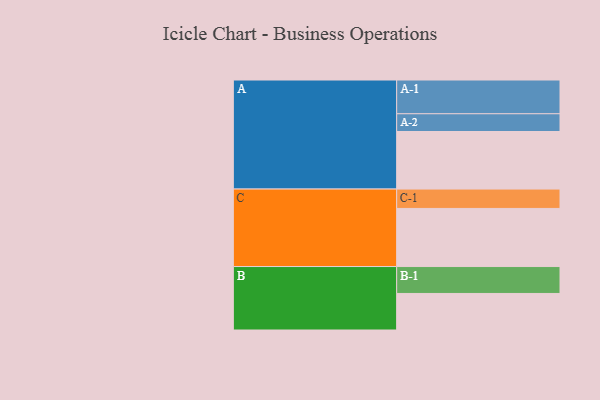
{"axis": {"x": "Segment", "y": "Value"}, "legend": ["", "A", "B", "C"], "data": [{"x": "A", "y": 496, "type": ""}, {"x": "B", "y": 315, "type": ""}, {"x": "C", "y": 501, "type": ""}, {"x": "A-1", "y": 291, "type": "A"}, {"x": "A-2", "y": 153, "type": "A"}, {"x": "B-1", "y": 232, "type": "B"}, {"x": "C-1", "y": 167, "type": "C"}]}